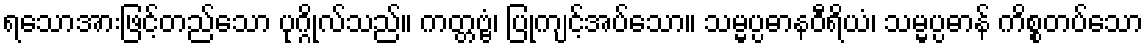
ရသောအားဖြင့်တည်သော ပုဂ္ဂိုလ်သည်။ ကတ္တဗ္ဗံ၊ ပြုကျင့်အပ်သော။ သမ္မပ္ပဓာနဝီရိယံ၊ သမ္မပ္ပဓာန် ကိစ္စတပ်သော